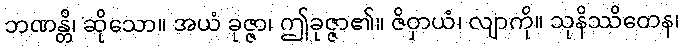
ဘဏန္တိ၊ ဆိုသော။ အယံ ခုဇ္ဇာ၊ ဤခုဇ္ဇာ၏။ ဇိဝှာယံ၊ လျာကို။ သုနိဿိတေန၊